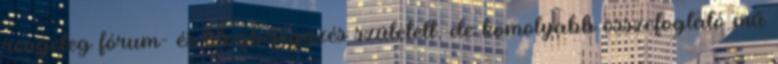
rengeteg fórum- és blogbejegyzés született, de komolyabb összefoglaló mű